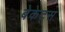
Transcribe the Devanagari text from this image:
बेकेट्स